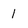
Character: 1